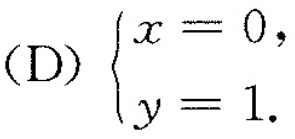
(D) $$\begin{cases} (x=0, \\ y=1. \end{cases}$$